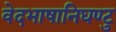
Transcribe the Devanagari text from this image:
वेदभाषानिघण्टु